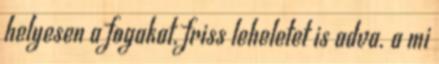
helyesen a fogakat, friss leheletet is adva. a mi